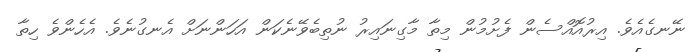
ނޭނގެއެވެ. އިރުއޮއްސެން ފެށުމުން މިތާ މާގިނައިރު ނުތިބެވޭނެކަން އަހަންނަށް އެނގުނެވެ. އެހެންވެ ހިތާ